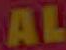
AL